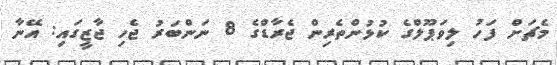
މެޗަށް ފަހު ލިވަޕޫލްގެ ކުޅުންތެރިން ޖެރާޑްގެ 8 ނަންބަރު ޖެހި ޖާޒީގައި: އޭނާ